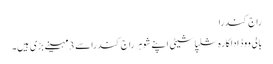
راج کندرا
بالی ووڈ اداکارہ شلپاشیٹی اپنے شوہر راج کندراسے 3مہینے بڑی ہیں۔